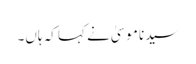
سیدنا موسیٰ نے کہا کہ ہاں۔